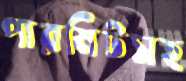
পারমিটসহ